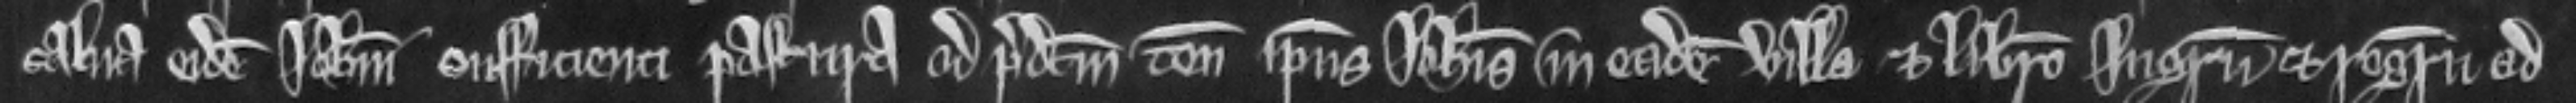
salve eidem Johanni sufficienti pastura ad predictum tenementum ipsius Johannis in eadem villa et libero ingressu et regressu ad